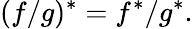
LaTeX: (f/g)^{*}=f^{*}/g^{*}.